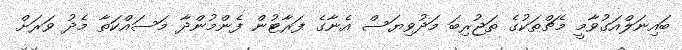
ބައިނަލްއަގުވާމީ މެޗްތަކުގެ ތަޖުރިބަ މަދުވިޔަސް އެނާގެ ފަރާޓުން ފެންމުންދާ މަސައްކަތާ މެދު ވަރަށް